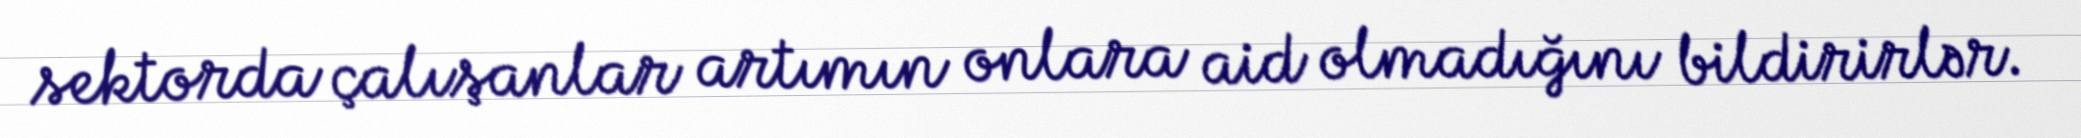
sektorda çalışanlar artımın onlara aid olmadığını bildirirlər.